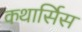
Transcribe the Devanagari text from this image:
कथार्सिस